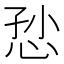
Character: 𢙏